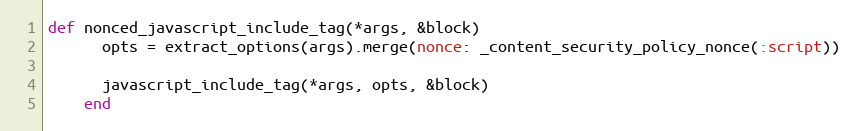
Language: Ruby
def nonced_javascript_include_tag(*args, &block)
      opts = extract_options(args).merge(nonce: _content_security_policy_nonce(:script))

      javascript_include_tag(*args, opts, &block)
    end